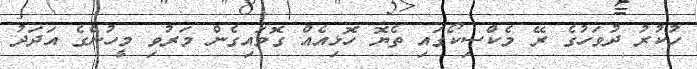
ހުކުރު ދުވަހުގެ ރޭ މެކްސިކޯގައި ތެޔޮ ހޮޅިއެއް ގޮވައިގެން މަރުވި މީހުންގެ އަދަދު